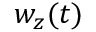
w _ { z } ( t )